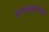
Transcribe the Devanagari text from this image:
अश्तकोनीय